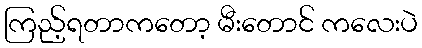
ကြည့်ရတာကတော့ မီးတောင် ကလေးပဲ